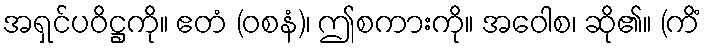
အရှင်ပဝိဋ္ဌကို။ ဧတံ (ဝစနံ)၊ ဤစကားကို။ အဝေါစ၊ ဆို၏။ (ကိံ